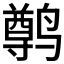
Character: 𫜄